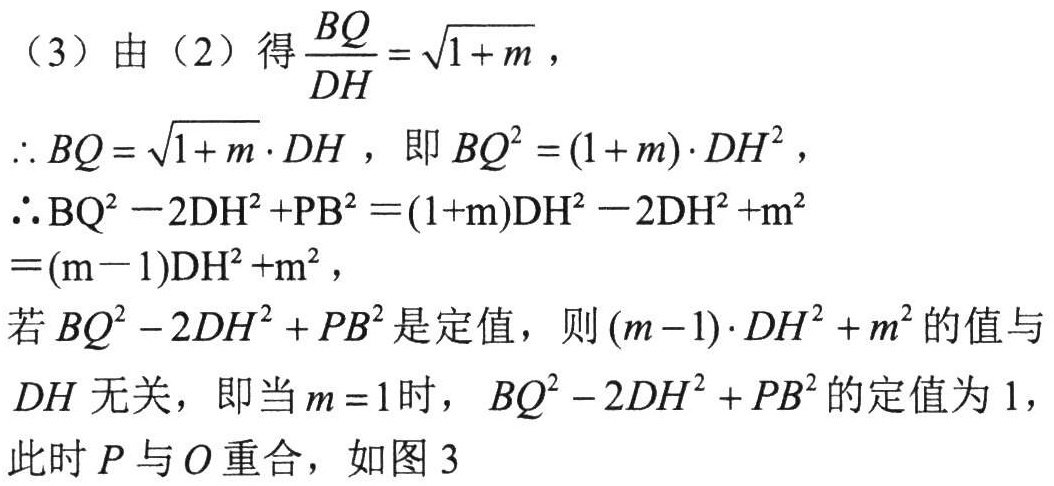
（3）由（2）得$\frac{BQ}{DH}=\sqrt{1 + m}$，
$\therefore BQ=\sqrt{1 + m}\cdot DH$，即$BQ^{2}=(1 + m)\cdot DH^{2}$，
$\therefore \mathrm{BQ}^{2}-2\mathrm{DH}^{2}+\mathrm{PB}^{2}=(1+\mathrm{m})\mathrm{DH}^{2}-2\mathrm{DH}^{2}+\mathrm{m}^{2}$
$=(\mathrm{m}-1)\mathrm{DH}^{2}+\mathrm{m}^{2}$，
若$BQ^{2}-2DH^{2}+PB^{2}$是定值，则$(m - 1)\cdot DH^{2}+m^{2}$的值与
$DH$无关，即当$m = 1$时，$BQ^{2}-2DH^{2}+PB^{2}$的定值为$1$，
此时$P$与$O$重合，如图3